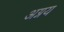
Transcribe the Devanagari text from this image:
अग्नय